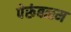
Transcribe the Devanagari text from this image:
पेरूंबळम